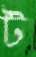
ট